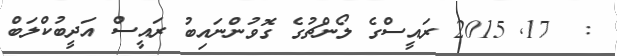
:  17